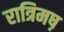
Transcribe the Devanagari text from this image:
रात्रिमष़